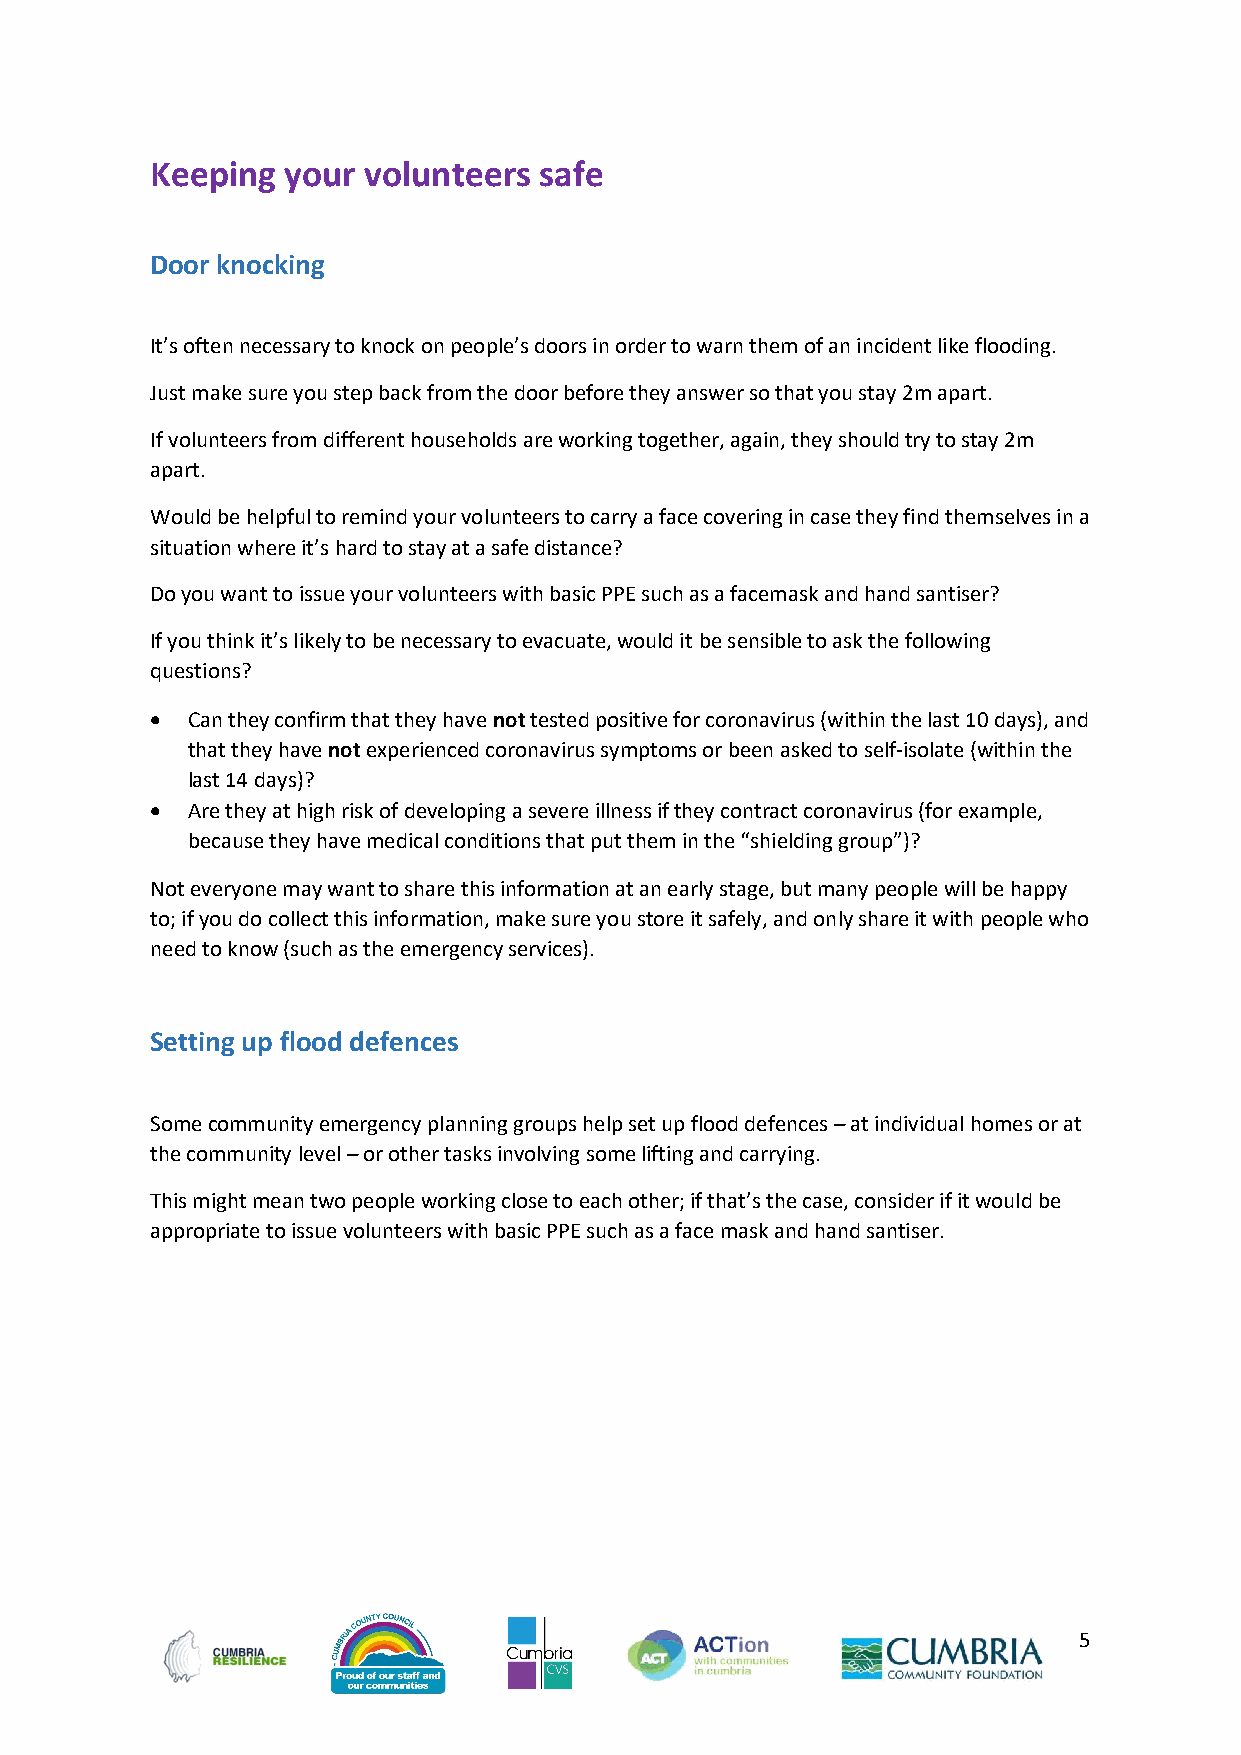
Keeping  your volunteers  safe
 Door knocking
 It’s often necessary to knock on people’s doors in order to warn them of an incident like flooding.
 Just make sure you step back from the door before they answer so that you stay 2m apart.
 If volunteers from different households are working together, again, they should try to stay 2m
 apart.
 Would be helpful to remind your volunteers to carry a face covering in case they find themselves in a
 situation where it’s hard to stay at a safe distance?
 Do you want to issue your volunteers with basic PPE such as a facemask and hand santiser?
 If you think it’s likely to be necessary to evacuate, would it be sensible to ask the following
 questions?
  Can they confirm that they have not tested positive for coronavirus (within the last 10 days), and
 that they have not experienced coronavirus symptoms or been asked to self-isolate (within the
 last 14 days)?
  Are they at high risk of developing a severe illness if they contract coronavirus (for example,
 because they have medical conditions that put them in the “shielding group”)?
 Not everyone may want to share this information at an early stage, but many people will be happy
 to; if you do collect this information, make sure you store it safely, and only share it with people who
 need to know (such as the emergency services).
 Setting up flood defences
 Some community emergency planning groups help set up flood defences – at individual homes or at
 the community level – or other tasks involving some lifting and carrying.
 This might mean two people working close to each other; if that’s the case, consider if it would be
 appropriate to issue volunteers with basic PPE such as a face mask and hand santiser.
 5